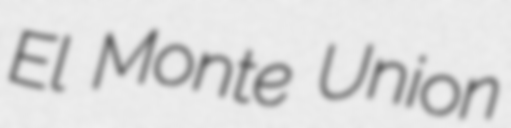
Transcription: El Monte Union